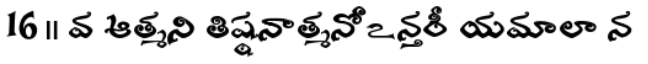
16 ॥ వ ఆత్మని తిష్ఠనాత్మనోఽన్తరీ యమాలా న